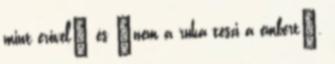
mint erővel" és "nem a ruha teszi a embert".